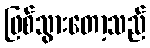
ဖြစ်သွားတော့သည်